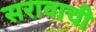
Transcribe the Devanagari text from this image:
सरावाची